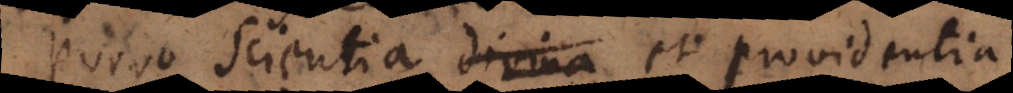
Porro Scientia divina et providentia